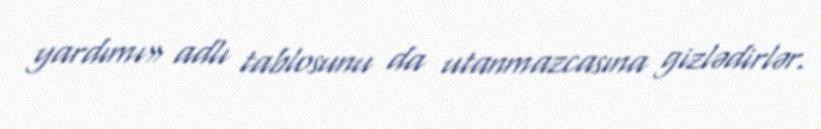
yardımı» adlı tablosunu da utanmazcasına gizlədirlər.